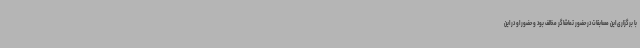
با برگزاری این مسابقات در حضور تماشاگر مخالف بود و حضور او در این